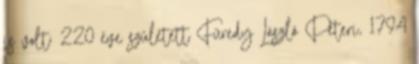
is volt; 220 éve született Füredy László Péteri, 1794